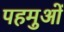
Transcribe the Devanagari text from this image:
पहमुओं